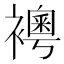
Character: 𧞄